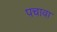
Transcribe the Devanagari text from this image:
पचावा